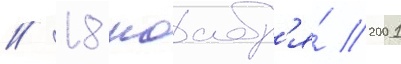
// 18 ноабр'я́ 2001